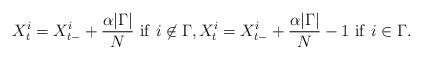
LaTeX: \begin{align*}X^{i}_t =X^{i}_{t-} + \frac{\alpha |\Gamma|}{N} \ \mathrm{if}\ i\not\in\Gamma,X^{i}_t =X^{i}_{t-} + \frac{\alpha|\Gamma|}{N} - 1 \ \mathrm{if}\ i\in\Gamma.\end{align*}